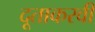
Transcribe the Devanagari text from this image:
दूताकरवी